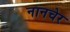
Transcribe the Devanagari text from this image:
नानचेर